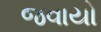
જવાયો